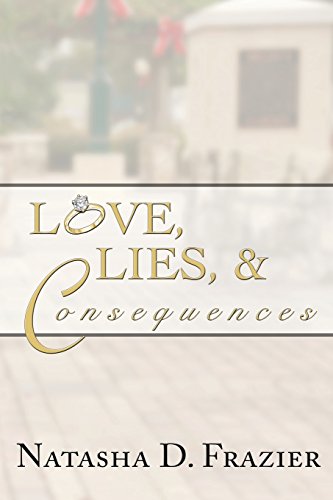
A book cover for Love, Lies & Consequences; Natasha D Frazier; Romance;